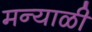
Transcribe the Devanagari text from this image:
मन्याळी